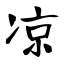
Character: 凉